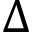
{ \Delta }